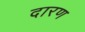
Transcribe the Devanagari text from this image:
दारण